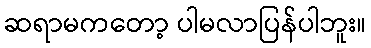
ဆရာမကတော့ ပါမလာပြန်ပါဘူး။